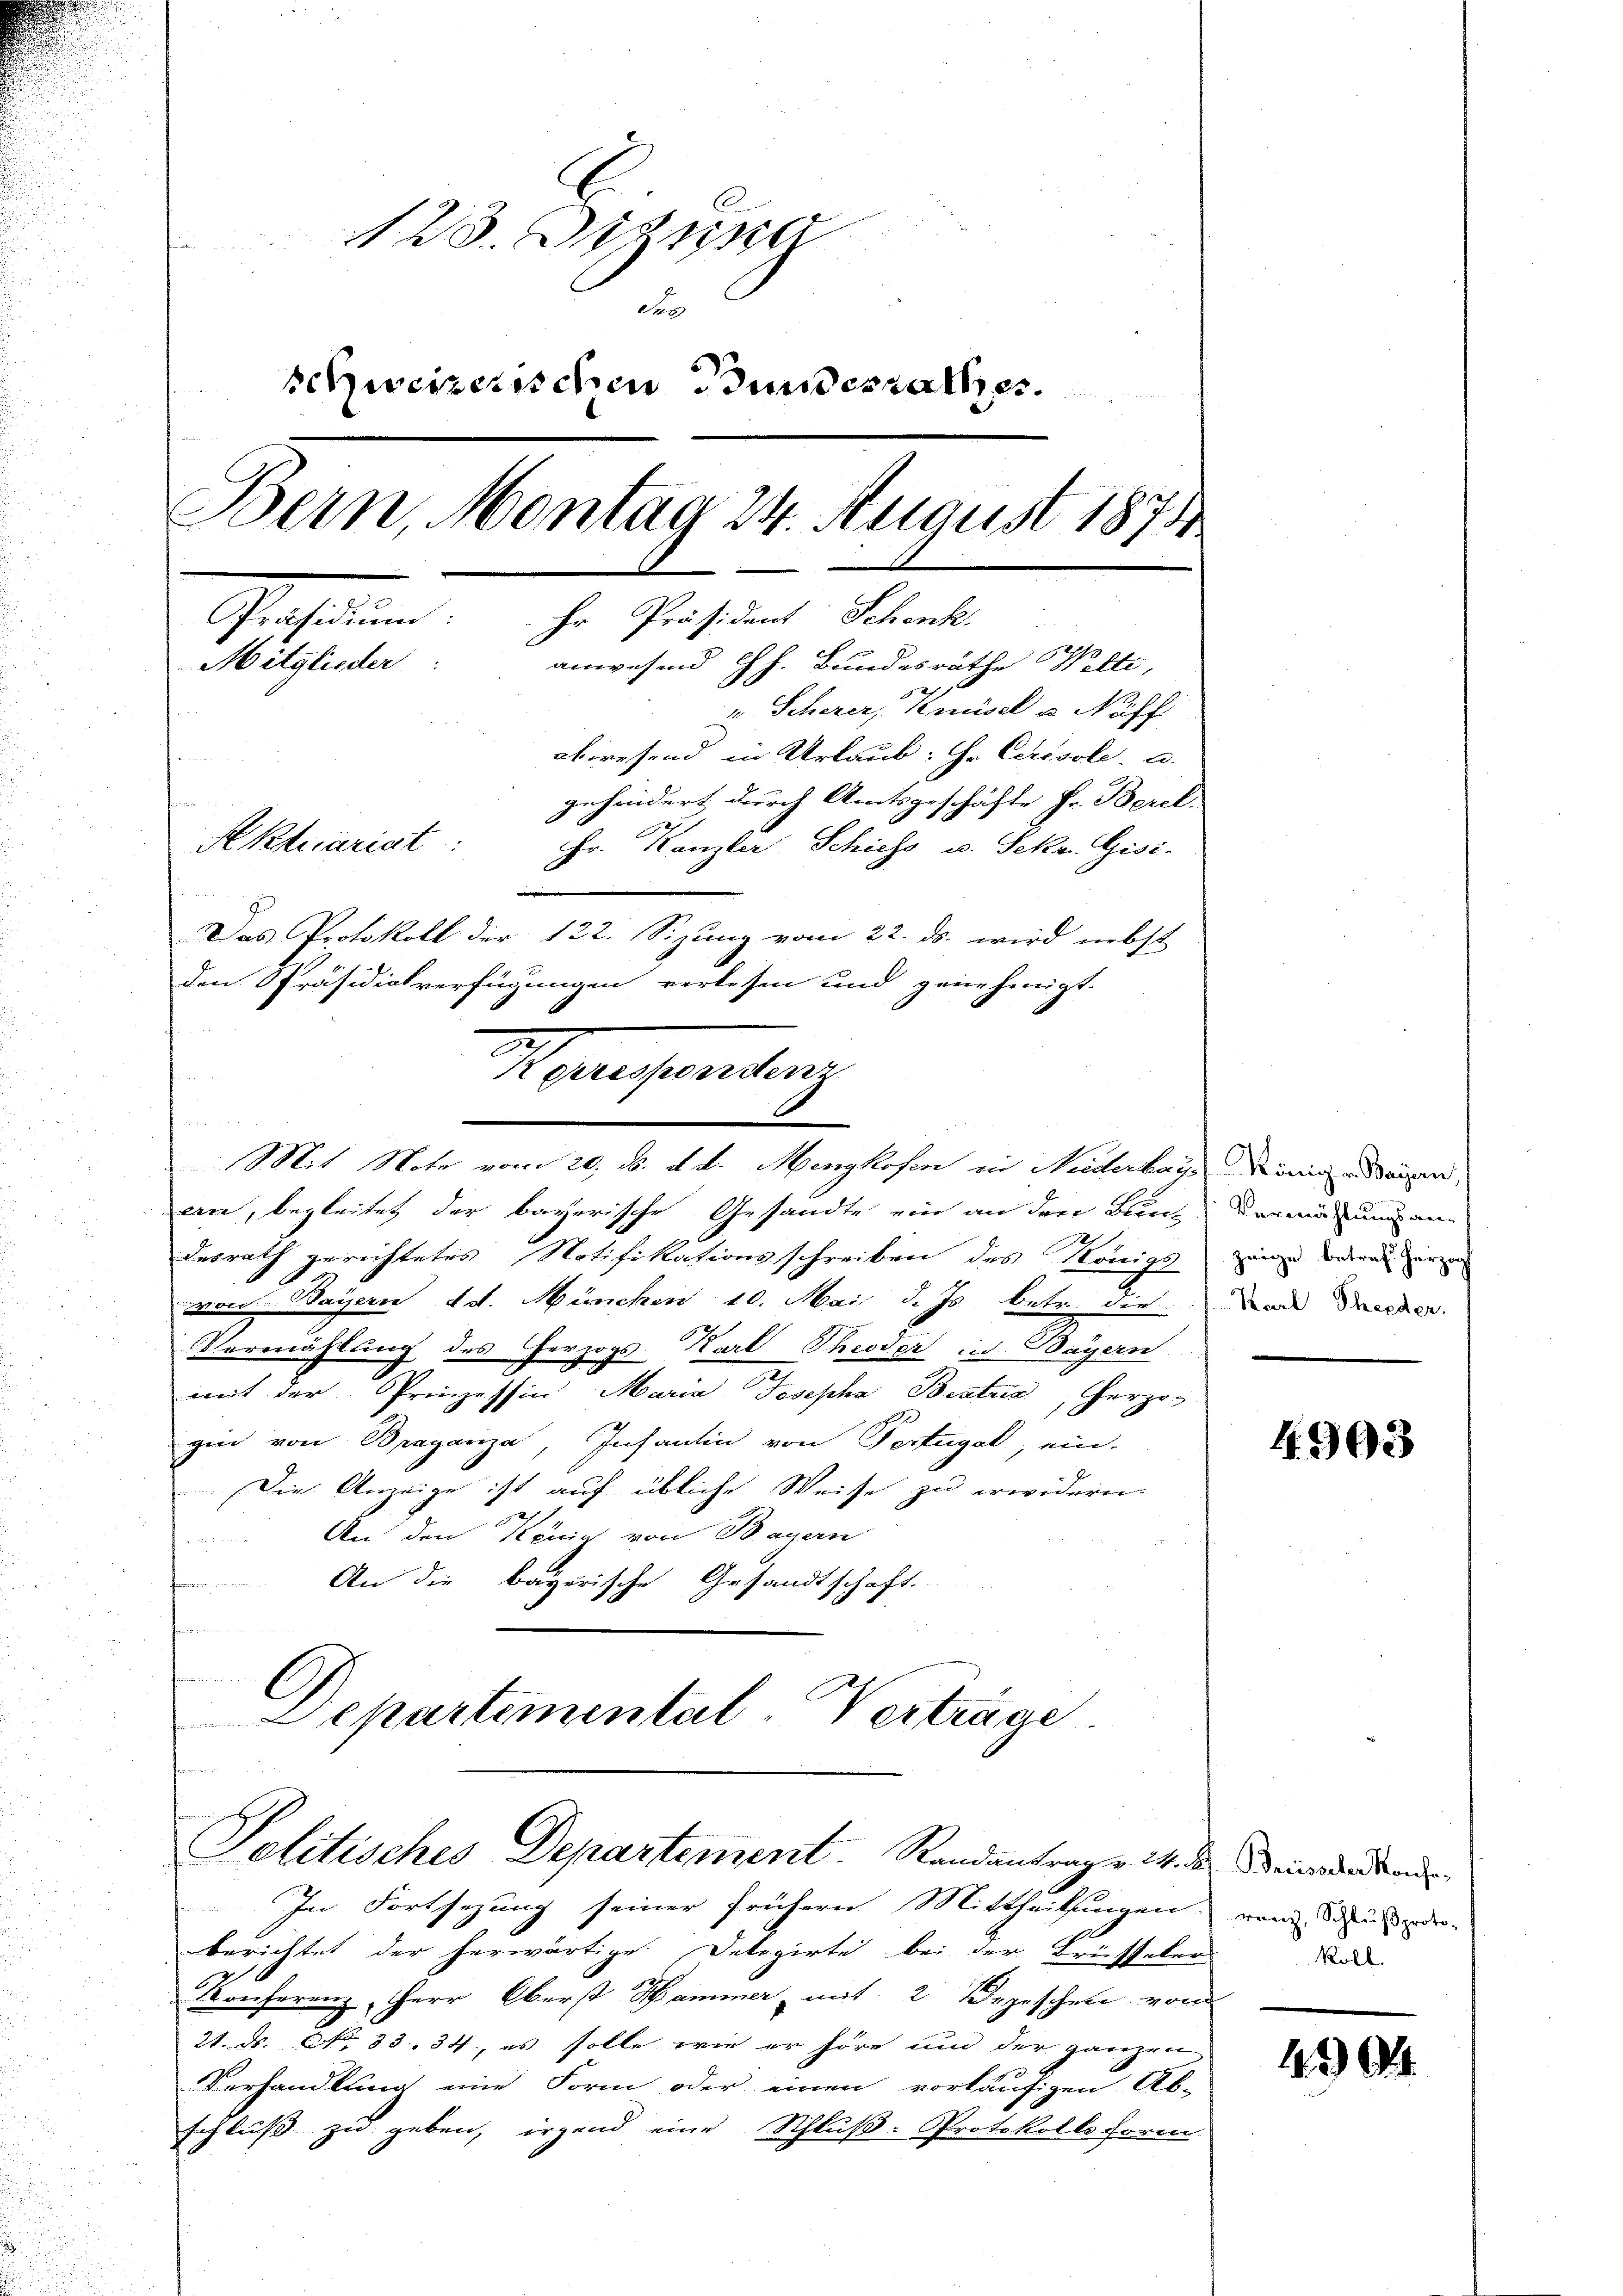
123. Diezina
dur
schweizerischen Bundesrathes
Bern, Montag 24. August 1874
Gechinen
hr Präsident Schenk.
Mitglieder
anwesend Gh. Bundesräthe Welti,
x
u Scherer, Kisel u Näff
abwesend in Urlaub: Hr. Cerisole. a.
gehördert durch Amtsgeschäfte Hr. Berel.
Aktuariat
Fr. Kanzler, Schiess u. Sekr. Gisi-
Das Protokoll der 122. Sizung vom 22. ds. wird nebst
den Präsidialverfügungen verlesen und genehmigt.

Hocesandten
.
Mit Note vom 20. d. d. d. Mengkosen in Niderbar. König. Waren,

an, begleitet der bayerische Gesandte ein an den Bun-
2
.
desrath gerichtetes Notifikationsschreiben des Königs
von Bayern d. d. München 10. Mai d. Js. betr. die
Vermählung des Herzogs-Karl Throder in Bayern
mit der Prinzessin Maria Josepha Bestris, Herzog
gin von Braganisa, Infantin von Pertugal, ein-
Die Anzeige ist auf übliche Weise zu erwidern.
An den König von Bayern
An die bayerische Gesandtschaft.
l
Departemental-Verträge

Politisches Departement. Randantrag v. M. D. Reisenden

In Fortsezung seiner frühern Mittheilungen vom Schulde
berichtet der herwärtige Delegirte bei der Brüsseler
Konferenz, Herr Oberst Hammer mit 2 Depeschen von
21. ds. No 33. 34, es solle wie er höre und der ganzen
Verhandlung eine Form oder einen vorläufigen Ab-
schluß zu geben, irgend eine Schluß-Protokolls Form

Vermählungsweizeige betraf Herzog
Karl Theeder.
e

4903

koll.

1204.